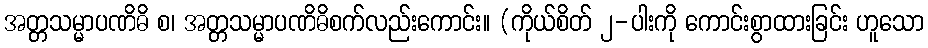
အတ္တသမ္မာပဏိဓိ စ၊ အတ္တသမ္မာပဏိဓိစက်လည်းကောင်း။ (ကိုယ်စိတ် ၂-ပါးကို ကောင်းစွာထားခြင်း ဟူသော